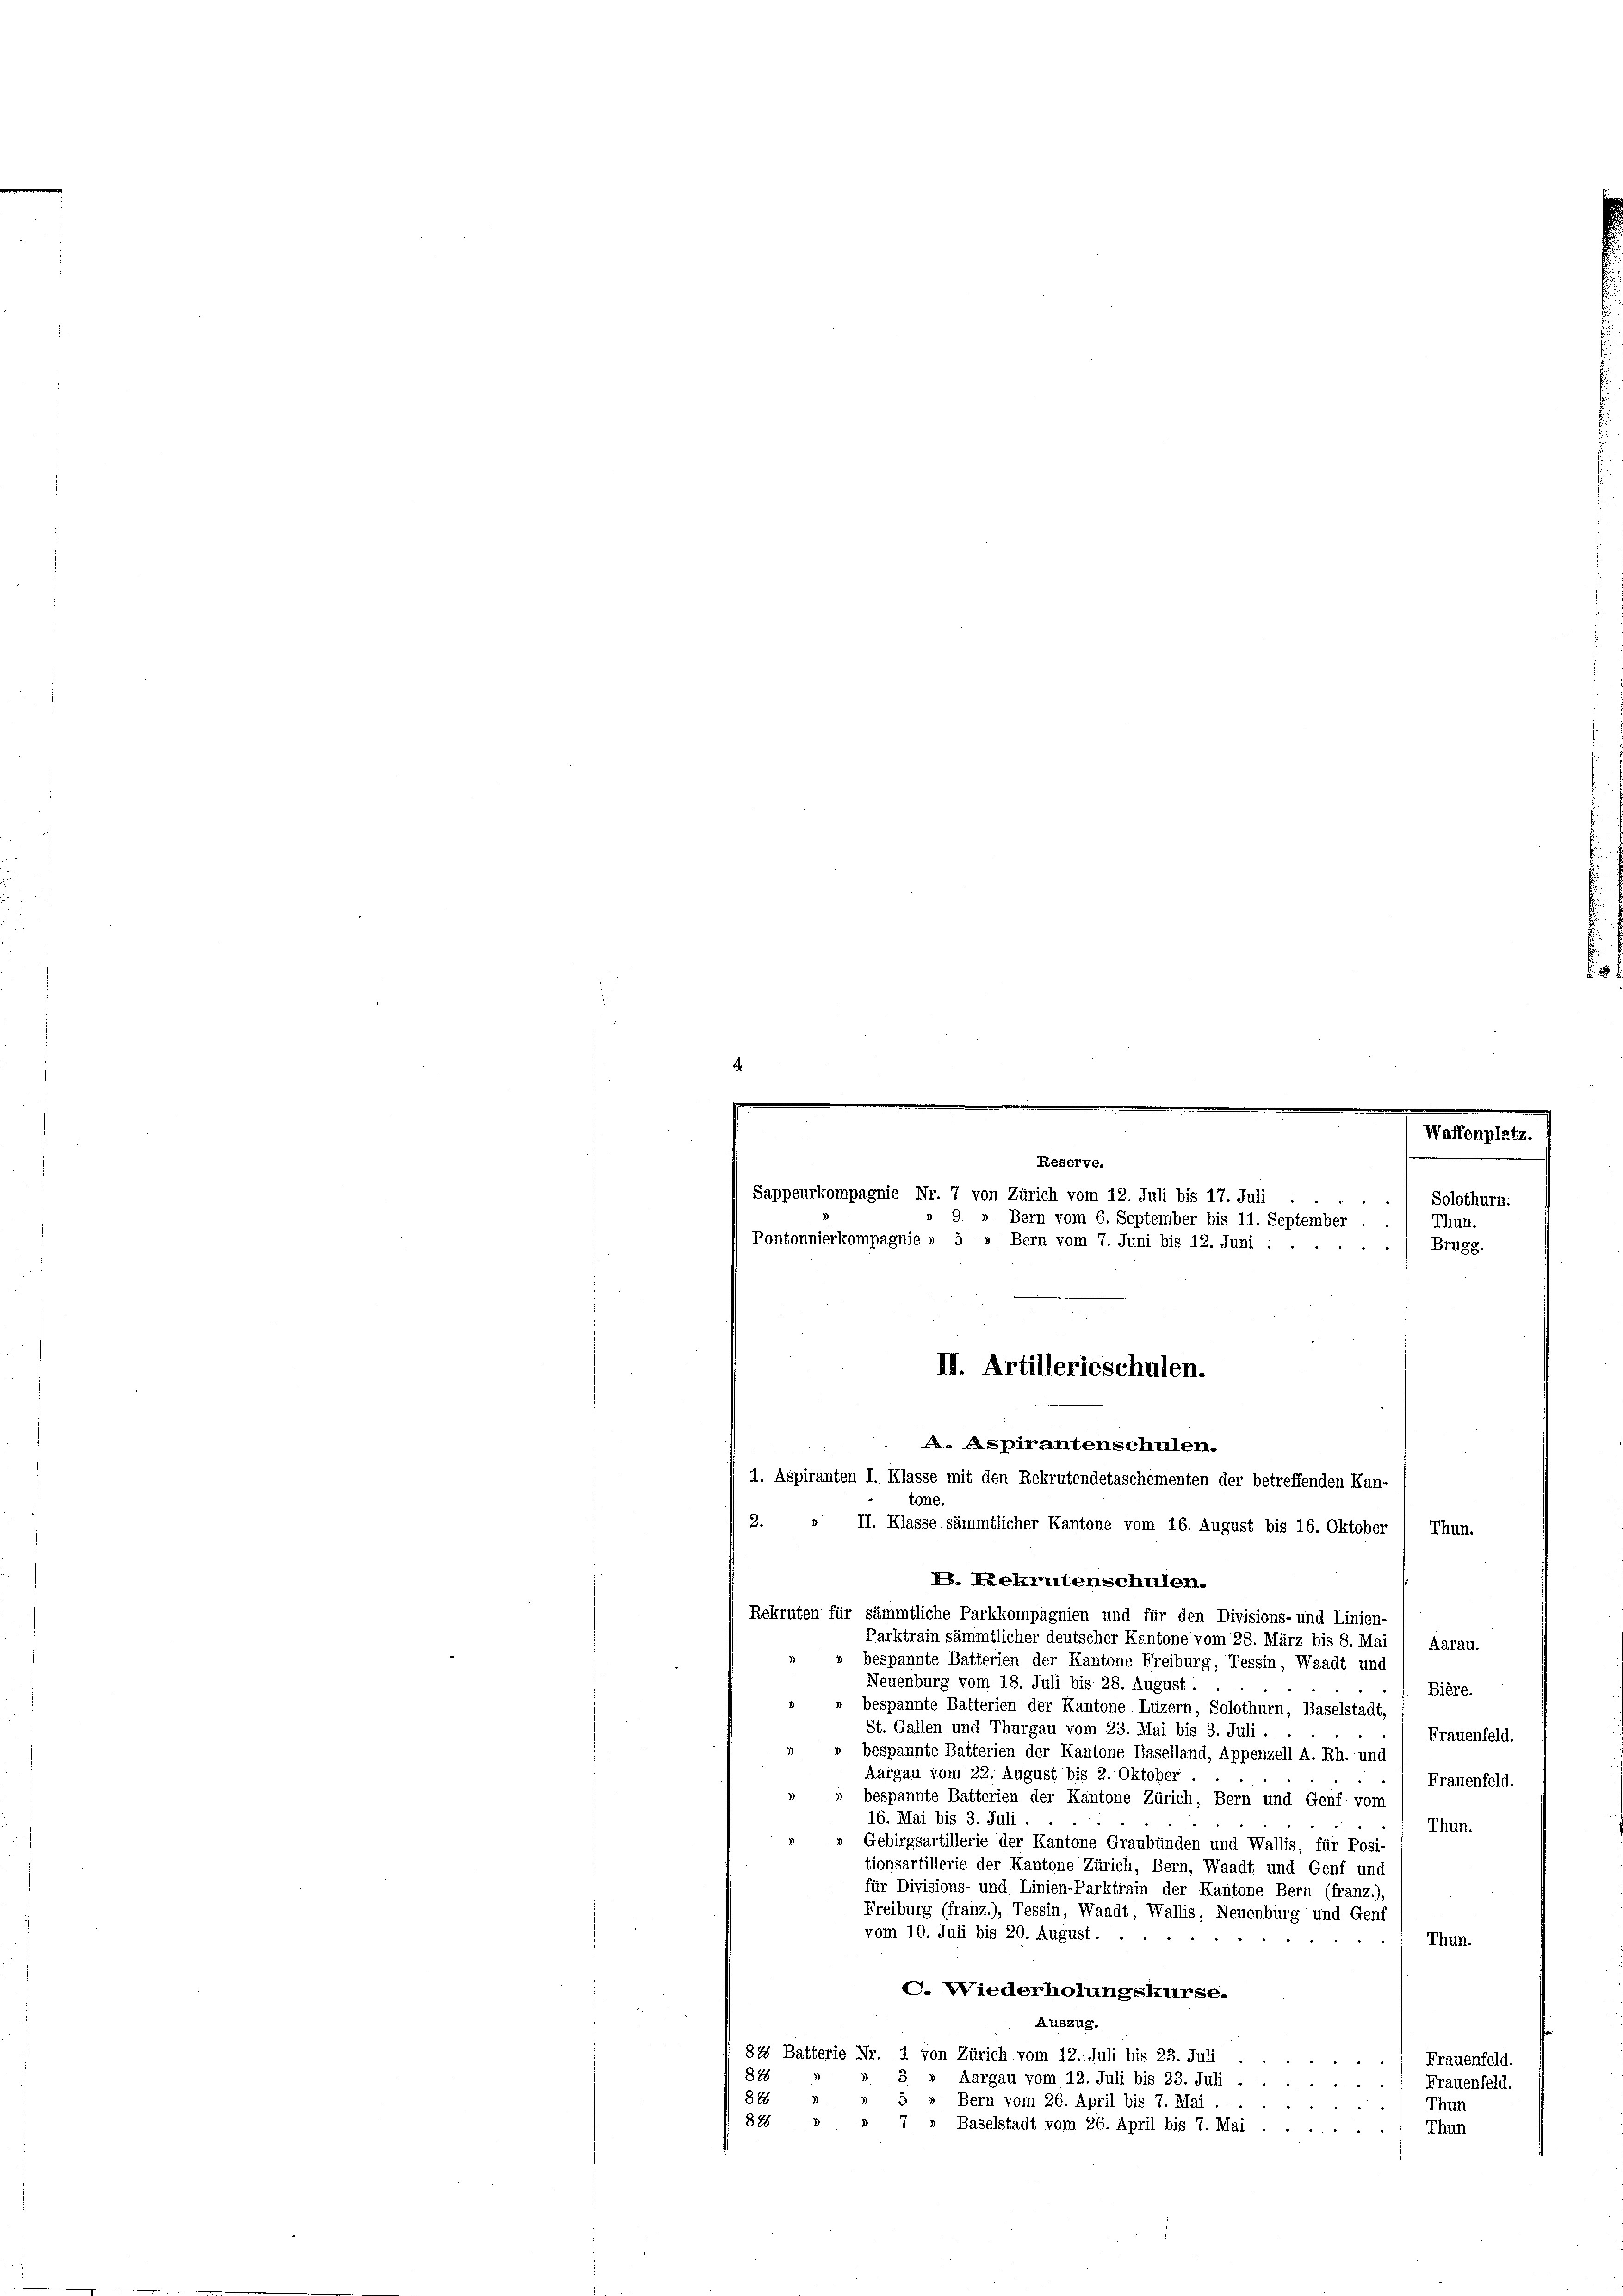
4

tone.
2. » II. Klasse sämmtlicher Kantone vom 16. August bis 16. Oktober
Thun.
P. Rekrutenschulen.
Rekruten für sämmtliche Parkkompagnien und für den Divisions- und Linien-
Parktrain sämmtlicher deutscher Kantone vom 28. März bis 8. Mai
Aarau.
bespannte Batterien der Kantone Freiburg, Tessin, Waadt und
Neuenburg vom 18. Juli bis 28. August.
Bière.
bespannte Batterien der Kantone Luzern, Solothurn, Baselstadt,
St. Gallen und Thurgau vom 23. Mai bis 3. Juli . .
Frauenfeld.
bespannte Batterien der Kantone Baselland, Appenzell A. Rh. und
Aargau vom 22. August bis 2. Oktober
Frauenfeld.
bespannte Batterien der Kantone Zürich, Bern und Genf vom
16. Mai bis 3. Juli.
Thun.
Gebirgsartillerie der Kantone Graubünden und Wallis, für Posi-
tionsartillerie der Kantone Zürich, Bern, Waadt und Genf und
für Divisions- und Linien-Parktrain der Kantone Bern (franz.),
Freiburg (franz.), Tessin, Waadt, Wallis, Neuenburg und Genf
vom 10. Juli bis 20. August.
Thun.
C. Wiederholungskurse.
Auszug.
84 Batterie Nr. 1 von Zürich vom 12. Juli bis 23. Juli
Frauenfeld.
828
3
» Aargau vom 12. Juli bis 23. Juli
. Frauenfeld.
878
5 » Bern vom 26. April bis 7. Mai .
Thun
84 " " 7 » Baselstadt vom 26. April bis 7. Mai . . .
Thun

Waffenplatz.
Reserve.
Sappeurkompagnie Nr. 7 von Zürich vom 12. Juli bis 17. Juli
Solothurn.
9 » Bern vom 6. September bis 11. September
Thun.
Pontonnierkompagnie » 5 » Bern vom 7. Juni bis 12. Juni :
Brugg.

II. Artillerieschulen.
. Aspirantenschulen.
1. Aspiranten I. Klasse mit den Rekrutendetaschementen der betreffenden Kan-

E